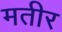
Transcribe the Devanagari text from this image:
मतीर